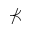
\nprec